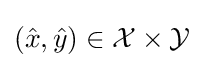
({\hat {x}},{\hat {y}})\in {\mathcal {X}}\times {\mathcal {Y}}